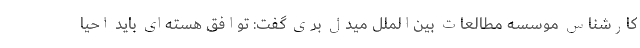
کارشناس موسسه مطالعات بین‌الملل میدل بری گفت: توافق هسته‌ای باید احیا